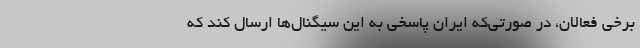
برخی فعالان، در صورتی‌که ایران پاسخی به این سیگنال‌ها ارسال کند که